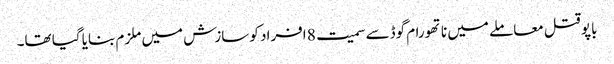
باپو قتل معاملے میں ناتھورام گوڈسے سمیت 8 افراد کو سازش میں ملزم بنایا گیا تھا۔